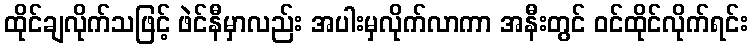
ထိုင်ချလိုက်သဖြင့် ဖဲင်နီမှာလည်း အပါးမှလိုက်လာကာ အနီးတွင် ဝင်ထိုင်လိုက်ရင်း